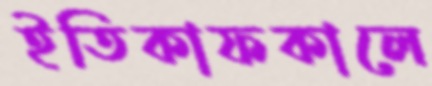
ইতিকাফকালে